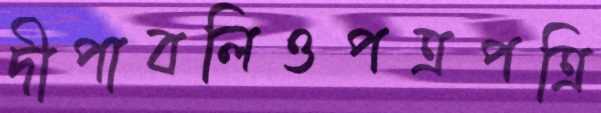
দীপাবলিওপত্রপত্রি